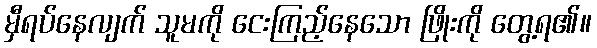
မှီရပ်နေလျက် သူမကို ငေးကြည့်နေသော ဖြိုးကို တွေ့ရ၏။